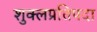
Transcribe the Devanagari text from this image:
शुक्लप्रतिपदा